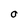
Character: O